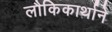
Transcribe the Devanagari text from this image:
लौकिकार्थाने